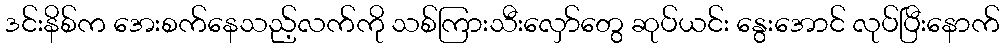
ဒင်းနိစ်က အေးစက်နေသည့်လက်ကို သစ်ကြားသီးလှော်တွေ ဆုပ်ယင်း နွေးအောင် လုပ်ပြီးနောက်